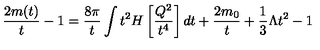
\frac { 2 m ( t ) } { t } - 1 = \frac { 8 \pi } { t } \int t ^ { 2 } H \left[ \frac { Q ^ { 2 } } { t ^ { 4 } } \right] d t + \frac { 2 m _ { 0 } } { t } + \frac { 1 } { 3 } \Lambda t ^ { 2 } - 1